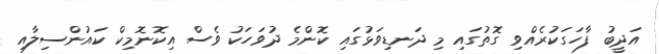
އަދީބު ފާހަގަކުރެއްވި ގޮތުގައި މި ދަނޑިވަޅުގައި ކޮންމެ ދުވަހަކު ވެސް އިކޮނޮމިކް ކައުންސިލާއި